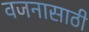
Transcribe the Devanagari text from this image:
वजनासाठी